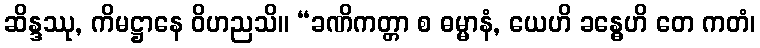
ဆိန္ဒဿု, ကိမဋ္ဌာနေ ဝိဟညသိ။ “ခဏိကတ္တာ စ ဓမ္မာနံ, ယေဟိ ခန္ဓေဟိ တေ ကတံ၊